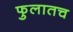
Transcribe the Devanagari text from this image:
फुलातच